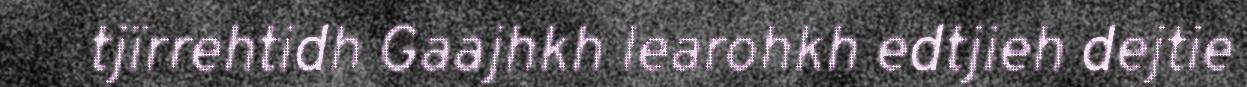
tjïrrehtidh Gaajhkh learohkh edtjieh dejtie